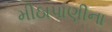
મીઠાપાણીના